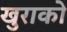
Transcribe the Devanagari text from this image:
खुराको